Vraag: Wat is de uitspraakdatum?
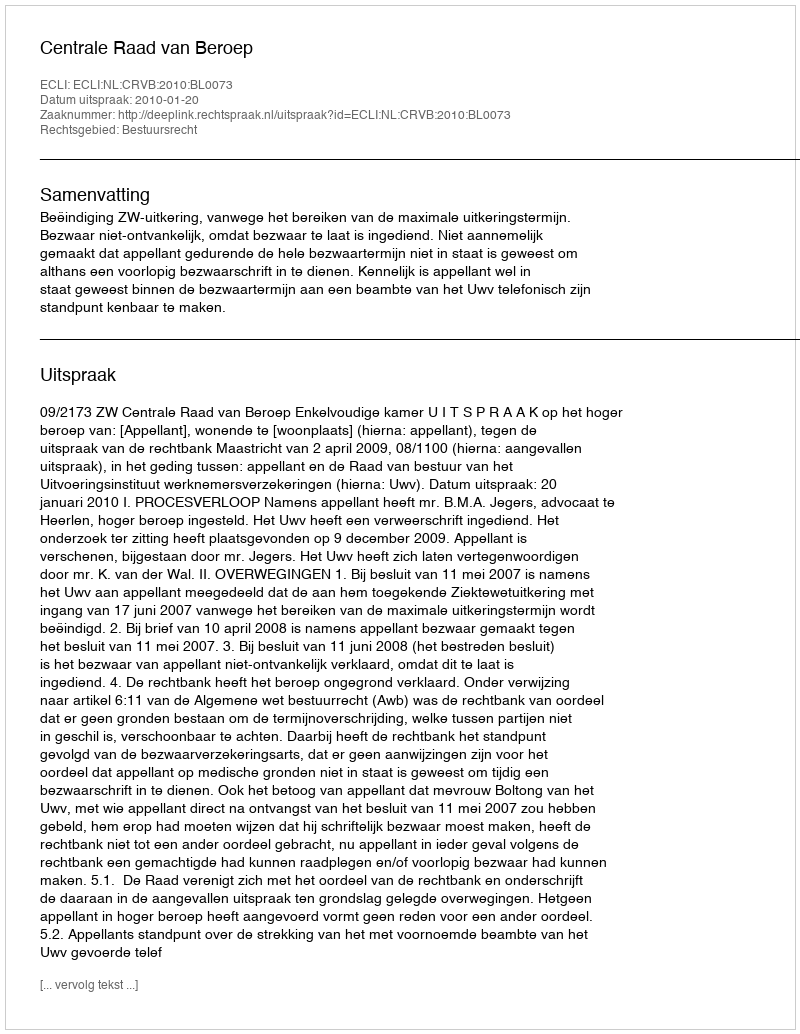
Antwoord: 2010-01-20